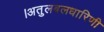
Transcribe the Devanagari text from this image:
।अतुलबलधारिणी